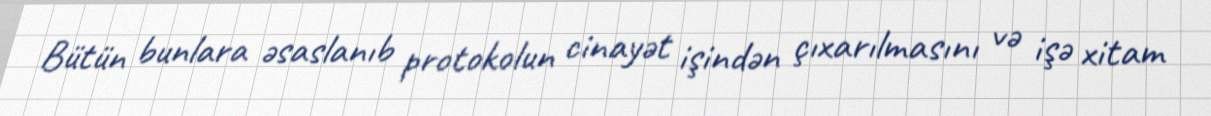
Bütün bunlara əsaslanıb protokolun cinayət işindən çıxarılmasını və işə xitam